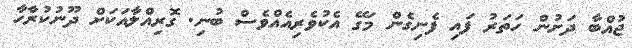
ޖުއްބާ ދަށުން ހަތަރު ފައި ފެނިގެން މަގޭ އެކުވެރިއެއްވެސް ބުނި. ގޮރިއްލާއަކަށް ދޫނުކުރާހާ